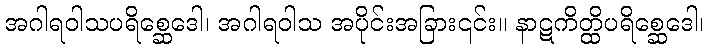
အဂါရဝါသပရိစ္ဆေဒေါ၊ အဂါရဝါသ အပိုင်းအခြား၎င်း။ နာဋကိတ္ထိပရိစ္ဆေဒေါ၊